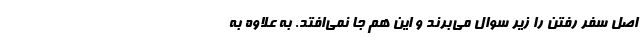
اصل سفر رفتن را زیر سوال می‌برند و این هم جا نمی‌افتد. به علاوه به